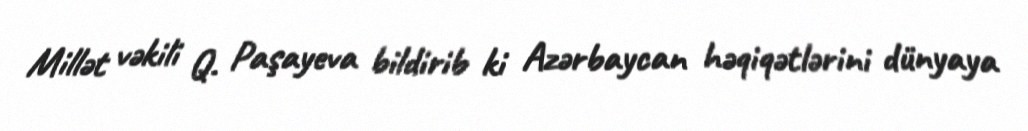
Millət vəkili Q. Paşayeva bildirib ki Azərbaycan həqiqətlərini dünyaya